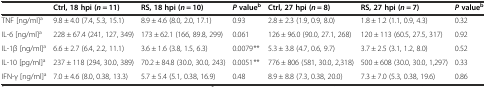
<table><thead><tr><td></td><td><b>Ctrl, 18 hpi (<i>n</i> = 11)</b></td><td><b>RS, 18 hpi (<i>n</i> = 10)</b></td><td><b><i>P</i>value<sup>b</sup></b></td><td><b>Ctrl, 27 hpi (<i>n</i> = 8)</b></td><td><b>RS, 27 hpi (<i>n</i> = 7)</b></td><td><b><i>P</i>value<sup>b</sup></b></td></tr></thead><tbody><tr><td>TNF [ng/ml]<sup>a</sup></td><td>9.8 ± 4.0 (7.4, 5.3, 15.1)</td><td>8.9 ± 4.6 (8.0, 2.0, 17.1)</td><td>0.93</td><td>2.8 ± 2.3 (1.9, 0.9, 8.0)</td><td>1.8 ± 1.2 (1.1, 0.9, 4.3)</td><td>0.32</td></tr><tr><td>IL-6 [ng/ml]<sup>a</sup></td><td>228 ± 67.4 (241, 127, 349)</td><td>173 ± 62.1 (166, 89.8, 299)</td><td>0.061</td><td>126 ± 96.0 (90.0, 27.1, 268)</td><td>120 ± 113 (60.5, 27.5, 317)</td><td>0.92</td></tr><tr><td>IL-1β [ng/ml]<sup>a</sup></td><td>6.6 ± 2.7 (6.4, 2.2, 11.1)</td><td>3.6 ± 1.6 (3.8, 1.5, 6.3)</td><td>0.0079<i>**</i></td><td>5.3 ± 3.8 (4.7, 0.6, 9.7)</td><td>3.7 ± 2.5 (3.1, 1.2, 8.0)</td><td>0.52</td></tr><tr><td>IL-10 [pg/ml]<sup>a</sup></td><td>237 ± 118 (294, 30.0, 389)</td><td>70.2 ± 84.8 (30.0, 30.0, 243)</td><td>0.0051<i>**</i></td><td>776 ± 806 (581, 30.0, 2,318)</td><td>500 ± 608 (30.0, 30.0, 1,297)</td><td>0.33</td></tr><tr><td>IFN-γ [ng/ml]<sup>a</sup></td><td>7.0 ± 4.6 (8.0, 0.38, 13.3)</td><td>5.7 ± 5.4 (5.1, 0.38, 16.9)</td><td>0.48</td><td>8.9 ± 8.8 (7.3, 0.38, 20.0)</td><td>7.3 ± 7.0 (5.3, 0.38, 19.6)</td><td>0.86</td></tr></tbody></table>